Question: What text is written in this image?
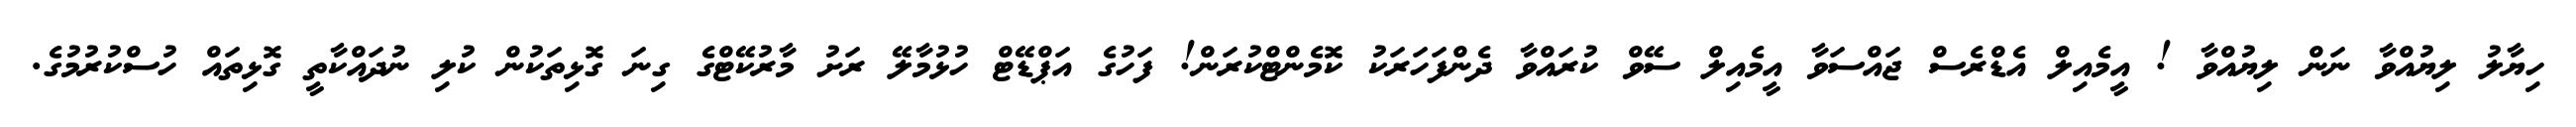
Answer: ހިޔާލު ލިޔުއްވާ ނަން ލިޔުއްވާ ! އީމެއިލް އެޑްރެސް ޖައްސަވާ އީމެއިލް ސޭވް ކުރައްވާ ދެންފަހަރަކު ކޮމެންޓްކުރަން! ފަހުގެ އަޕްޑޭޓް ހުޅުމާލޭ ރަށު މާރުކޭޓްގެ ގިނަ ގޮޅިތަކުން ކުލި ނުދައްކާތީ ގޮޅިތައް ހުސްކުރުމުގެ.